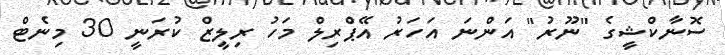
ސޮނާކްޝީގެ "ނޫރު" އަންނަ އަހަރު އޭޕްރިލް މަހު ރިލީޒް ކުރަނީ 30 މިނެޓް